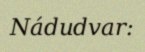
Nádudvar: